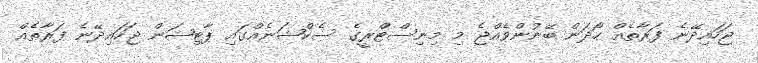
ޖަހައިދޭނެ ފަރާތެއް ހޯދަން ބޭނުންވެއްޖެ މި މިނިސްޓްރީގެ ސެކްޝަނެއްގައި ޕާޓިޝަން ޖަހައިދޭނެ ފަރާތެއް